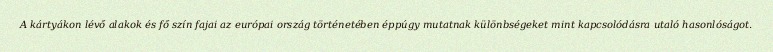
A kártyákon lévő alakok és fő szín fajai az európai ország történetében éppúgy mutatnak különbségeket mint kapcsolódásra utaló hasonlóságot.